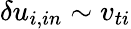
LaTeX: \delta u_{i,in}\sim v_{ti}